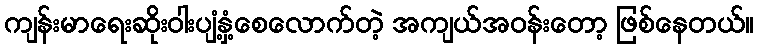
ကျန်းမာရေးဆိုးဝါးပျံ့နှံ့စေလောက်တဲ့ အကျယ်အဝန်းတော့ ဖြစ်နေတယ်။